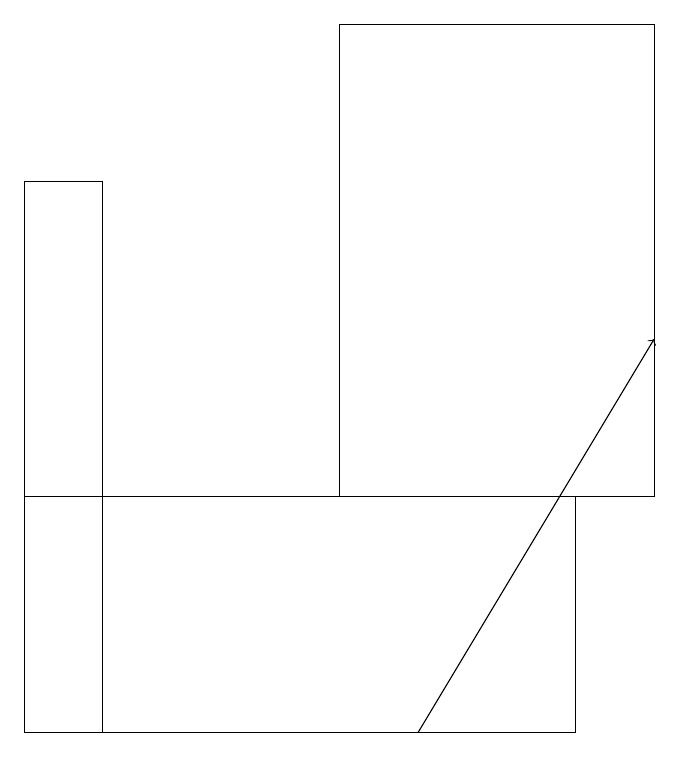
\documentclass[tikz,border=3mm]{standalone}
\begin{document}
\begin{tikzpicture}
\draw (8,10) rectangle (1,13);
\draw (9,19) rectangle (5,13);
\draw[->] (6,10) -- (9,15);
\draw (2,10) rectangle (1,17);
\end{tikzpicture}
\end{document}